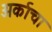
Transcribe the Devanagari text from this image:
अर्काचा